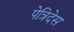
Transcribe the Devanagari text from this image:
पेत्रिदेस